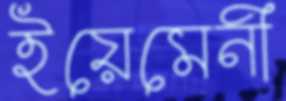
ইয়েমেনী